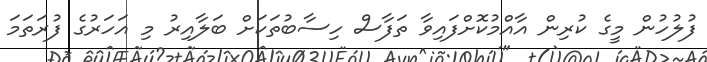
ފުލުހުން މީގެ ކުރިން އާއްމުކޮށްފައިވާ ތަފާސް ހިސާބުތަކަށް ބަލާއިރު މި އަހަރުގެ ފުރަތަމަ